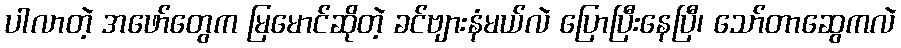
ပါလာတဲ့ အဖော်တွေက မြမောင်ဆိုတဲ့ ခင်ဗျားနံမယ်လဲ ပြောပြီးနေပြီ၊ သော်တာဆွေကလဲ